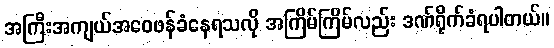
အကြီးအကျယ်အဝေဖန်ခံနေရသလို အကြိမ်ကြိမ်လည်း ဒဏ်ရိုက်ခံရပါတယ်။